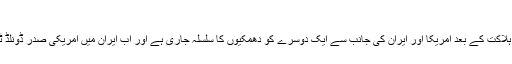
0 46 1 منٹ پڑھا
ایران کی القدس فورس کے سربراہ جنرل قاسم سلیمانی کی ہلاکت کے بعد امریکا اور ایران کی جانب سے ایک دوسرے کو دھمکیوں کا سلسلہ جاری ہے اور اب ایران میں امریکی صدر ڈونلڈ ٹرمپ کے سر کی قیمت 8 کروڑ ڈالرز مقرر کی گئی ہے۔